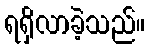
ရရှိလာခဲ့သည်။